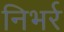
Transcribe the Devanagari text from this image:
निभर्र